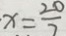
x = \frac { 2 0 } { 7 }